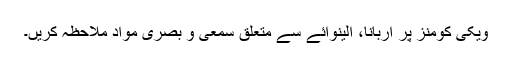
ویکی کومنز پر اربانا، الینوائے سے متعلق سمعی و بصری مواد ملاحظہ کریں۔